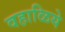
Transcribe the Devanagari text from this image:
वहाळिये